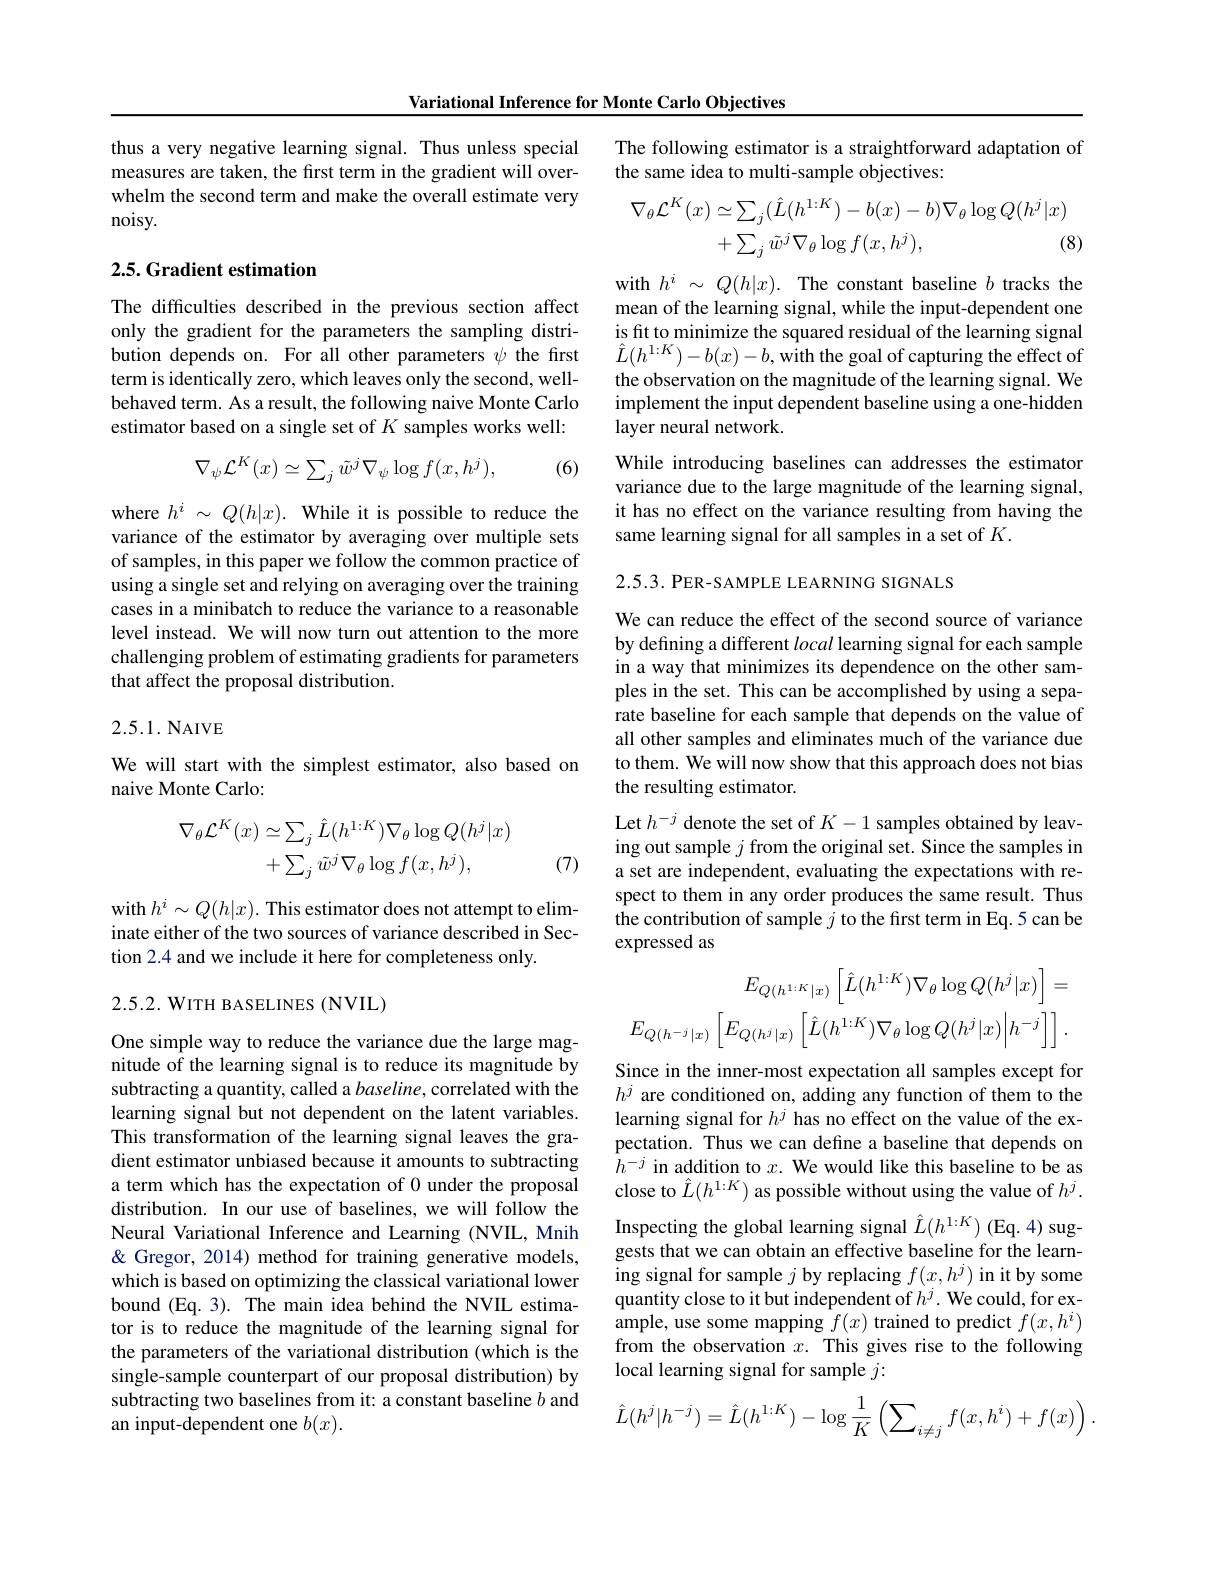
Variational Inference for Monte Carlo Objectives

thus a very negative learning signal. Thus unless special measures are taken, the first term in the gradient will overwhelm the second term and make the overall estimate very noisy.

## 2.5. Gradient estimation

The difficulties described in the previous section affect only the gradient for the parameters the sampling distribution depends on. For all other parameters $\psi$ the first term is identically zero, which leaves only the second, wellbehaved term. As a result, the following naive Monte Carlo estimator based on a single set of $K$ samples works well:
$$\nabla_{\psi}\mathcal{L}^{K}(x)\simeq\sum_{j}\tilde{w}^{j}\nabla_{\psi}\log f(x,h^{j}),$$
(6)

where $h^i~\sim~Q(h|x).~{\mathrm{While~it~is~possible~to~reduce~the}}$ variance of the estimator by averaging over multiple sets of samples, in this paper we follow the common practice of using a single set and relying on averaging over the training cases in a minibatch to reduce the variance to a reasonable level instead. We will now turn out attention to the more challenging problem of estimating gradients for parameters that affect the proposal distribution.

2.5.1. NAIVE

We will start with the simplest estimator, also based on
naive Monte Carlo:
$$\begin{aligned}\nabla_\theta\mathcal{L}^K(x)&\simeq\sum_j\hat{L}(h^{1:K})\nabla_\theta\log Q(h^j|x)\\&+\sum_j\tilde{w}^j\nabla_\theta\log f(x,h^j),\end{aligned}$$
(7)

with $h^i\sim Q(h|x).$ This estimator does not attempt to eliminate either of the two sources of variance described in Section 2.4 and we include it here for completeness only.

2.5.2. WITH BASELINES (NVIL)

One simple way to reduce the variance due the large magnitude of the learning signal is to reduce its magnitude by subtracting a quantity, called a baseline, correlated with the learning signal but not dependent on the latent variables. This transformation of the learning signal leaves the gradient estimator unbiased because it amounts to subtracting a term which has the expectation of 0 under the proposal distribution. In our use of baselines, we will follow the Neural Variational Inference and Learning (NVIL, Mnih & Q Gregor, 2014) method for training generative models, which is based on optimizing the classical variational lower bound (Eq. 3). The main idea behind the NVIL estimator is to reduce the magnitude of the learning signal for the parameters of the variational distribution (which is the single-sample counterpart of our proposal distribution) by subtracting two baselines from it: a constant baseline $b$ and an input-dependent one $b(x).$

The following estimator is a straightforward adaptation of
the same idea to multi-sample objectives:
$$\begin{aligned}\nabla_{\theta}\mathcal{L}^{K}(x)&\simeq\sum_{j}(\hat{L}(h^{1:K})-b(x)-b)\nabla_{\theta}\log Q(h^{j}|x)\\&+\sum_{j}\tilde{w}^{j}\nabla_{\theta}\log f(x,h^{j}),&\text{(8}\end{aligned}$$
with $h^i~\sim~Q(h|x).~$The constant baseline $b$ tracks the mean of the learning signal, while the input-dependent one is ft to minimize the squared residual of the learning signal $\hat{L}(h^{1:K})-b(x)-b,\hat{\text{with the goal of capturing the effect of}}$ the observation on the magnitude of the learning signal. We implement the input dependent baseline using a one-hidden layer neural network.
While introducing baselines can addresses the estimator variance due to the large magnitude of the learning signal, it has no effect on the variance resulting from having the same learning signal for all samples in a set of $K.$

2.5.3.PER-SAMPLE LEARNING SIGNALS

We can reduce the effect of the second source of variance by defining a different local learning signal for each sample in a way that minimizes its dependence on the other samples in the set. This can be accomplished by using a separate baseline for each sample that depends on the value of all other samples and eliminates much of the variance due to them. We will now show that this approach does not bias the resulting estimator.
Let $h^{-j}$ denote the set of $K-1$ samples obtained by leaving out sample $j$ from the original set. Since the samples in a set are independent, evaluating the expectations with respect to them in any order produces the same result. Thus the contribution of sample $j$ to the first term in Eq.5 can be expressed as
$$E_{Q(h^{1:K}|x)}\left[\hat{L}(h^{1:K})\nabla_{\theta}\log Q(h^{j}|x)\right]=\\E_{Q(h^{-j}|x)}\left[E_{Q(h^{j}|x)}\left[\hat{L}(h^{1:K})\nabla_{\theta}\log Q(h^{j}|x)\Big|h^{-j}\right]\right].$$
Since in the inner-most expectation all samples except for $h^j$ are conditioned on, adding any function of them to the learning signal for $h^j$ has no effect on the value of the expectation. Thus we can define a baseline that depends on $h^{-j}$ in addition to $x.$ We would like this baseline to be as close to $\hat{L}(h^{1:K})$ as possible without using the value of $h^j.$ Inspecting the global learning signal $\hat{L}(h^{1:K})$ (Eq. 4) suggests that we can obtain an effective baseline for the learning signal for sample $j$ by replacing $f(x,h^j)$ in it by some quantity close to it but independent of $h^j.$ We could, for example, use some mapping $f(x)$ trained to predict $f(x,h^i)$ from the observation $x.$ This gives rise to the following local learning signal for sample $j:$
$$\hat{L}(h^j|h^{-j})=\hat{L}(h^{1:K})-\log\frac{1}{K}\left(\sum_{i\neq j}f(x,h^i)+f(x)\right).$$